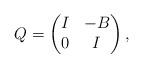
LaTeX: \begin{align*} Q=\begin{pmatrix} I & -B \\ 0 & I \end{pmatrix},\end{align*}